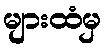
များထံမှ